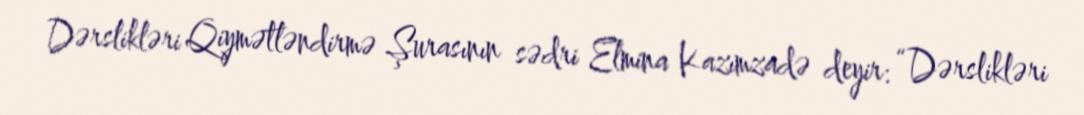
Dərslikləri Qiymətləndirmə Şurasının sədri Elmina Kazımzadə deyir: “Dərslikləri